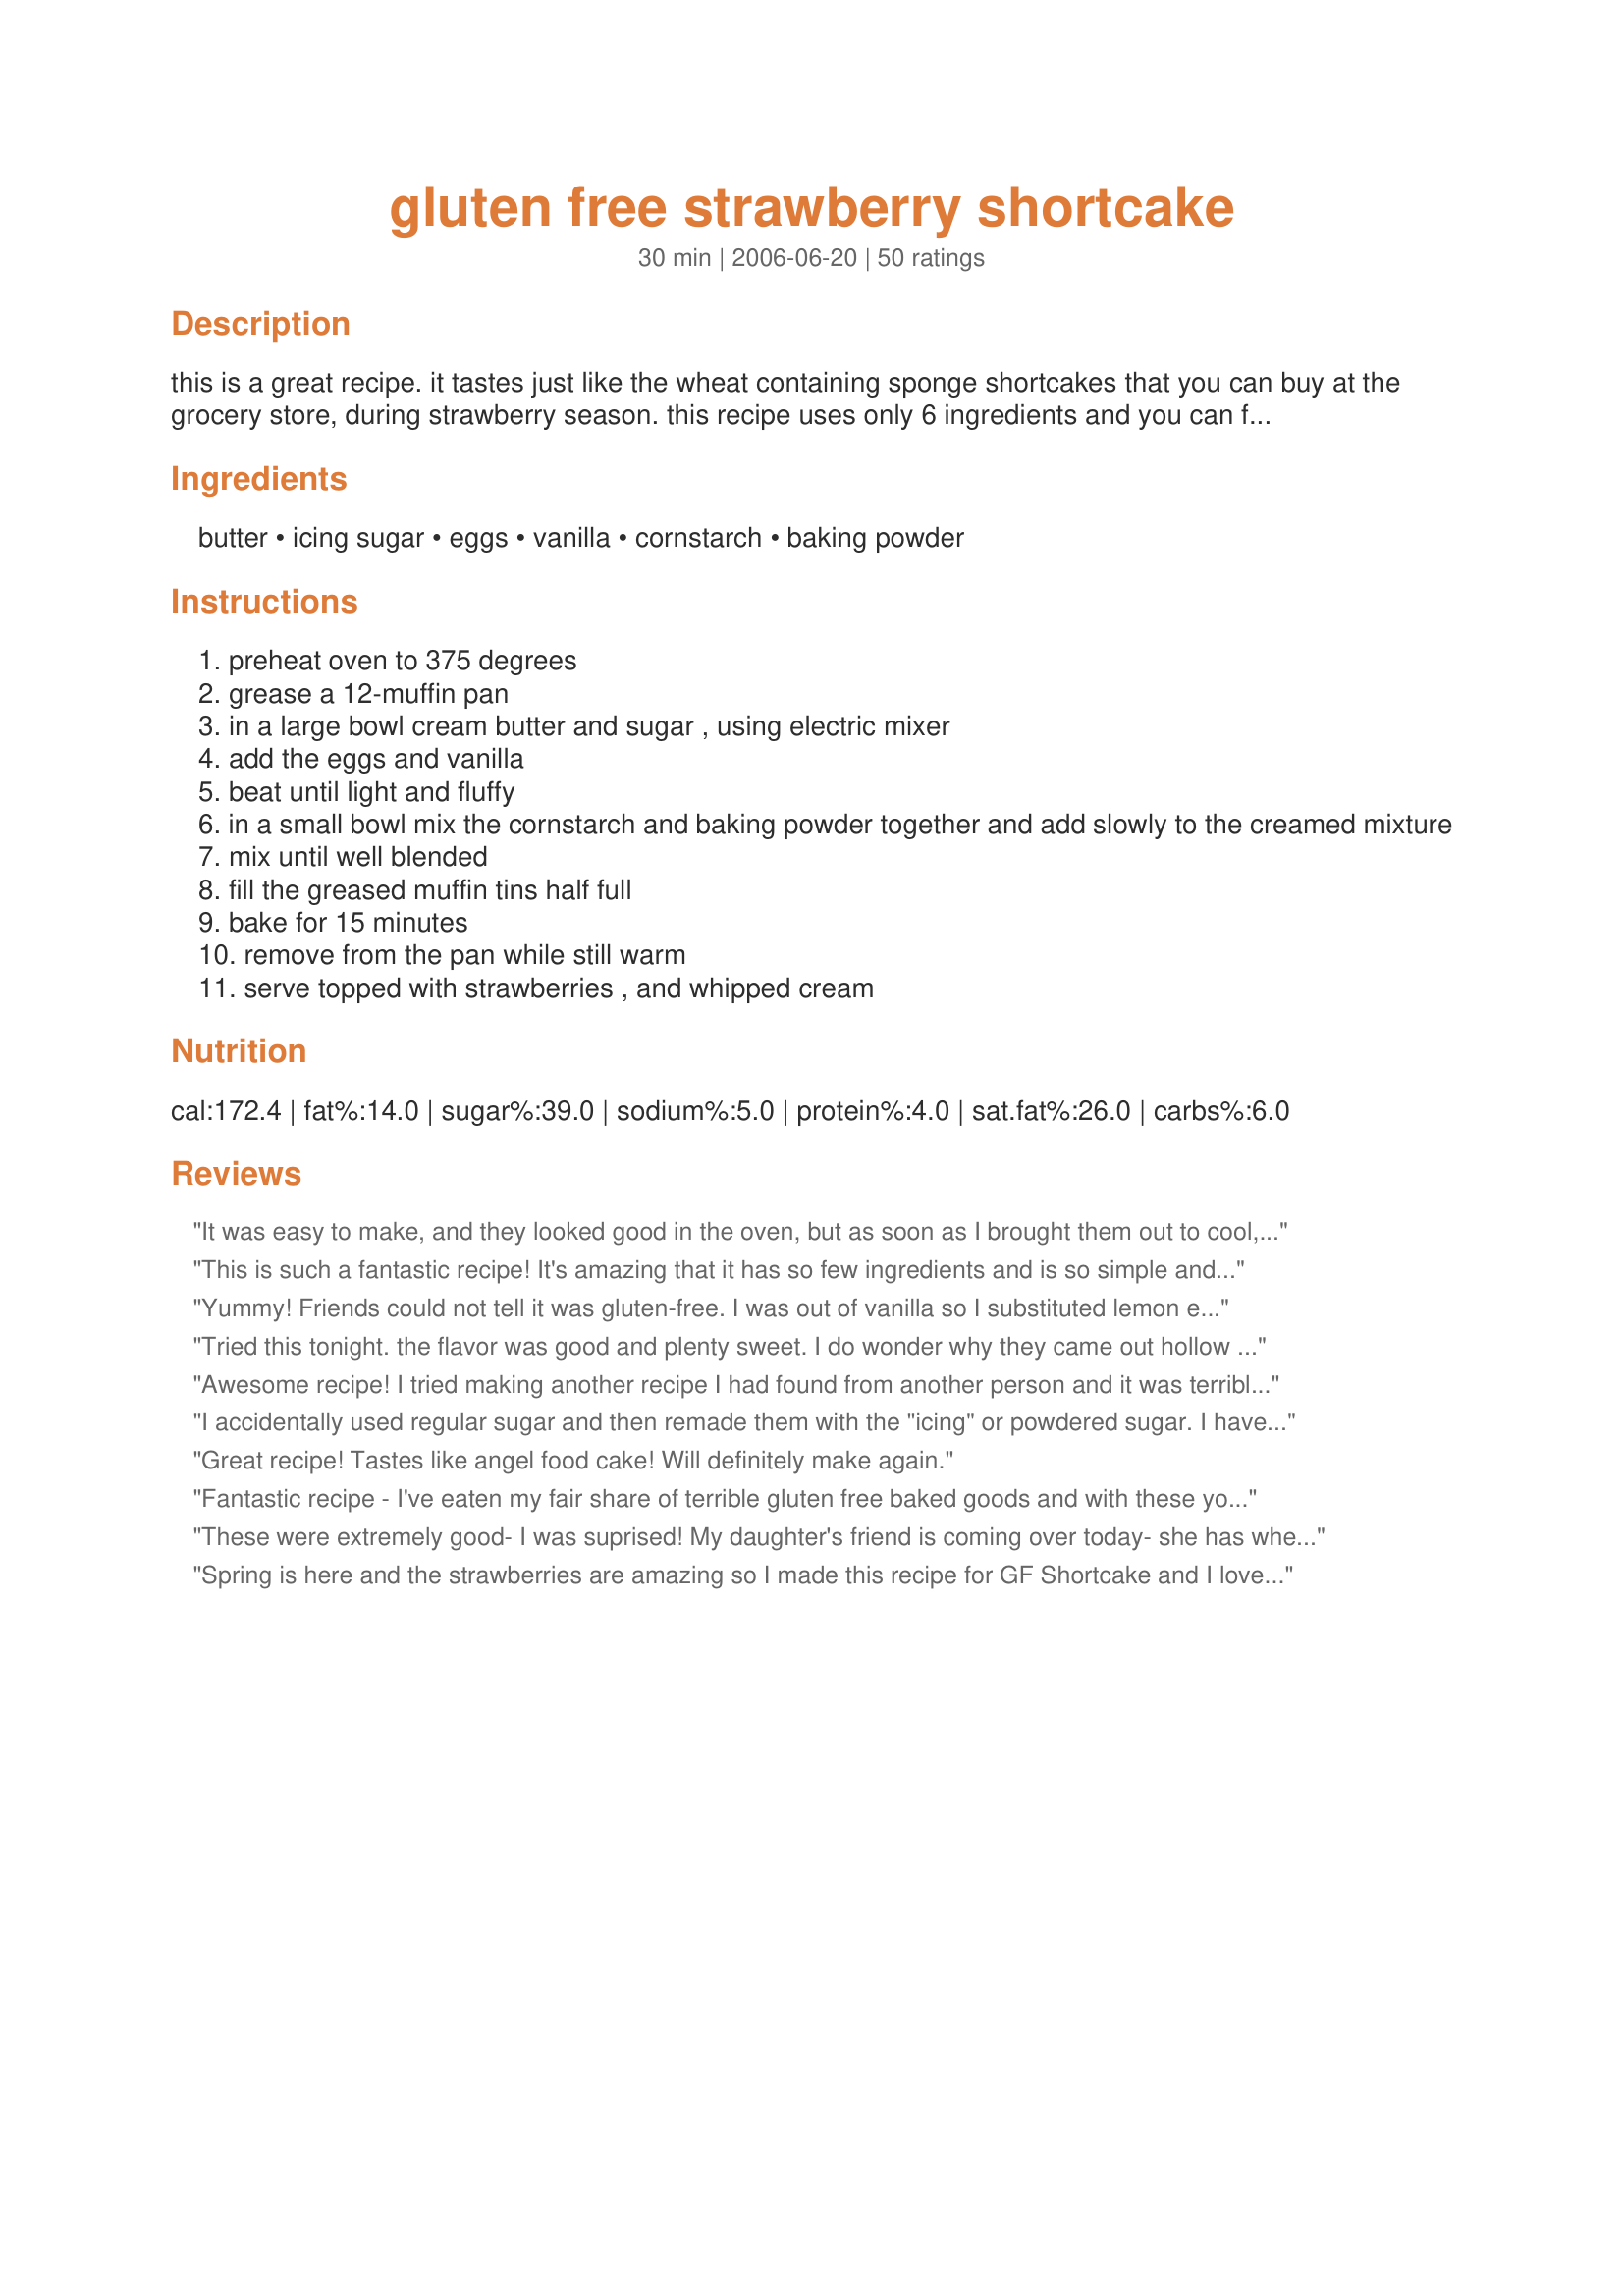
gluten free strawberry shortcake
Preparation time: 30 minutes

this is a great recipe. it tastes just like the wheat containing sponge shortcakes that you can buy at the grocery store, during strawberry season. this recipe uses only 6 ingredients and you can find them all right in your kitchen.it is a great recipe for people that are trying to find an easy dessert to make for a celiac family member or friend, coming over for dinner. it's quick, its easy, and its really really yummy!!! try it, you won't be dissapointed!!!!!

Ingredients:
butter, icing sugar, eggs, vanilla, cornstarch, baking powder

Steps:
preheat oven to 375 degrees
grease a 12-muffin pan
in a large bowl cream butter and sugar , using electric mixer
add the eggs and vanilla
beat until light and fluffy
in a small bowl mix the cornstarch and baking powder together and add slowly to the creamed mixture
mix until well blended
fill the greased muffin tins half full
bake for 15 minutes
remove from the pan while still warm
serve topped with strawberries , and whipped cream

Reviews:
It was easy to make, and they looked good in the oven, but as soon as I brought them out to cool, they flopped. I tried one, and it was so chewy. !!!!!! What went wrong ?
This is such a fantastic recipe! It's amazing that it has so few ingredients and is so simple and quick to prepare. When plain, the muffins taste a little more eggy than most cake, but if that bothers the cook, the egginess is drowned by anything you put on the muffins. They're a fabulous blank slate for all sorts of toppings.
Yummy! Friends could not tell it was gluten-free. I was out of vanilla so I substituted lemon extract which gave it a nice lemony taste.
Tried this tonight. the flavor was good and plenty sweet. I do wonder why they came out hollow on the bottom. we flipped them upside down and stuck strawberries inside of them. Followed the recipe so don't know what happened. they did not turn out like a muffin.
Awesome recipe! I tried making another recipe I had found from another person and it was terrible! Directions were not clear and I really messed it up...had to throw the whole batch out! Yours was so easy to follow, simple ingredients and it came out wonderfully!!! Delicious, soft and fluffy! I followed recipe precisely except I left out one egg yoke and it came out great!! Thank you so much for sharing this!!!
I accidentally used regular sugar and then remade them with the "icing" or powdered sugar. I have to say the regular sugar made the better cake. They were more light and spongy. Fabulous! The recipe with powdered sugar was more dense and dry.
Great recipe! Tastes like angel food cake! Will definitely make again.
Fantastic recipe - I've eaten my fair share of terrible gluten free baked goods and with these you can't tell they are gluten free at all. I would recommend using cupcake liners as these were very difficult to get out of the pan. Also, they might need more than the recommended 15 minutes depending on your oven. Otherwise, perfect and delicious! I filled with whipped cream and strawberries and whipped cream and lemon curd and they were phenomenal. Happy baking!
These were extremely good- I was suprised! My daughter's friend is coming over today- she has wheat alergies- so I immediately knew where to look for a recipe for her and now us! I had a bit of a scare when I added the eggs/vanilla. I think I should have added 1 at a time, beating between- but of course I dumped them in all at once. The mixture looked very frothy with some butter mixture floating around and not incorporating. Adding the cornstarch seemed to sort it all out ;) The texture was spongy but firm. It took a few extra minutes in the oven to complete. I put half the mixture into 6 tins and added 1Tbs of coco powder to the rest for a chocolate taste. Turned out good too! Thank you so much for helping me to make our friends with different dietary needs feel welcome in our home!
Spring is here and the strawberries are amazing so I made this recipe for GF Shortcake and I love it!! Fuss free and easy especially with my Kitchenaide stand mixer. I used white sugar and added the eggs one at a time and mixing well....I thought I over mixed it but the batter was light and fluffy. Perhaps they have too much baking powder in them? As they cooked the middles grew large and topped over the edge and there is an after taste of the baking powder, but you only notice it if you eat them plain.
This recipe was perfect as is! I made it twice in the past 2 days, once for my husband's birthday, and I was so pleased with it, as well as everyone else (kids and adults alike). My dad said it was the best he'd ever had - wheat shortcake included!
Everyone loved it!! So very simple and so tasty. Thanks for the yummy dessert!
fan-tastic thank you. my wife cannot eat gluten and she said this is the first gluten-free item that she has had that actually had good flavor to it.
Great Short cakes! Made 2 batches, one with regular sugar &amp; 2nd with confectioners sugar. Both taste great, regular sugar was more dense &amp; got a few votes from others as tasting better. Be sure to grease the pan well, they stick easily.
This gluten free cake is so delicious! I prefer it over the strawberry shortcake I made with gluten. This tastes like cake- perfectly spongy and sweet.
For Gluten Free it was excellent and had a marvelous texture. Taste wise, it was a bit eggy and not quite sweet enough for my tastes. That's possibly because I made it dairy free by using a dairy free, gluten free, trans fat free margarine. Excellent with Strawberries however. With a bit of experimenting I'm positive it could be perfect!
I thankfully do not have gluten issues but this recipe seemed like just what I wanted for making strawberry shortcake from scratch. Just took it out the oven and paired it with the locally grown strawberries and homemade whipped cream. Personally I think it is way better than the shortcakes in the stores.
What a wonderful recipe! Wifey gave it two big thumbs up, and she's the gluten intolerant of the house. I was out of icing sugar (powered sugar) so I used regular granulated sugar, and they turned out pretty great! They look just like muffins, and are almost as spongy as Angel food cake, we love em.<br/><br/>I served them with French Vanilla ice cream, in place of whipped cream.
My husband is a HUGE fan of strawberry shortcake and he loved this recipe! I baked them in six 4&quot; ramekins instead of a muffin tin. They were the perfect size. Just like a sponge cake, it soaks up all the yummy strawberry juice. I highly recommend this recipe, even if you aren&#039;t gluten-free!
I tried these for the first time and they came out great. The trick with getting them fluffy is to beat each egg before you add it (like you are scrambling eggs) and then after each egg, I gave it a little mix with my electric mixer. I put them in mini-loaf muffin tins (8 to a tray) and they needed just about 3 more minute cooking time. Thanks, great recipe!
This is an awesome recipe! I never rate things- but I had to rate this one. I am at my folks house (and don't have access to all my GF flours) and just picked fresh strawberries... we were going to have them on ice cream, but then I saw this... how simple and how delicious!
Well I just took them out of the oven (very excited since all the reviews were great) and the bloody things looked lovely, nice and high then they deflated and are now like hockey pucks (all wet and slimey on the inside even though I left them in the oven for a few extra min) I can't figure out what happened as I followed the recipe exactly. Any ideas would be welcome.
My Dad, who has Celiac, loved them. (My 4 year old daughter did too. She wanted to eat all Papa's muffins!) My Dad used them as shortcakes and as muffins. He heated them in the microwave with butter and jelly for a snack.
Well, I just had one of these out of the oven and they are miraculous. I made with granulated sugar and to me, they tasted kind of like corn muffins. I have not tried them with berries yet, but I am sure they are delicious.
These little shortcakes are amazing and so easy to prepare! I am so excited to learn such an easy way to share these tasty treats with my family!
These were great and very easy to make. My husband, who usually doesn't like anything gluten-free I make, loved them.
These were good and different. I thought they tasted eggy but my husband didn't notice. Thanks for a great quick desert!
This recipe was great. I was looking for something light and fresh to make for my mom's birthday because she is on a gluten-free diet. I wanted it to be something the whole family could enjoy and let me say that this is just wonderful. I will make it regularly. I made fresh whipped cream from organic cream, sweetened with just a bit of maple syrup and used fresh raspberries instead. I also had a bit of homemade granola that I sprinkled around to give it a bit of crunch. The variations on this could be endless. I'm so happy to have found this. Thanks for posting!
I gave this recipe as written 4 stars but after my modifications it&#039;s a 5. I used organic cane sugar instead of powdered and subbed 1/3 tapioca starch, 1/3 potato starch, 1/3 gluten free ap flour for the cornstarch since I can&#039;t have corn. I also added 1/4 t of salt, a drop of almond extract (my secret ingredient in white cakes) and beat the heck out of the batter until it was super fluffy. I found I needed to bake them for about 25 minutes (until the tops were evenly golden) and that prevented the &quot;flop&quot;. They were still very nice the next day. Very similar to angel food cake. I might even try adding coloured sprinkles and putting it in an angel cake pan some time.
I followed the recipe. Why did my &quot;cupcakes&quot; look like sinkholes!!!
Awwww, what did I do wrong?! They came out of the oven all fluffy and pretty then “fell” into sad craters. The texture is a little chewy. I’m going to try again right now to see if I missed a step or ingredient... Any suggestions?
Tis recipe was GREAT!!!! I am so excited to have it! I tried these last night, and they were absolutely WONDERFUL! The kids and I just ate them warm out of the oven with butter. We couldn't get enough! The flavor reminded me of the vanilla pound cake that I used to make in my pre-gluten-free days, and the texture was like a cross between a sponge cake and angel food. If you served these to anyone, they would NEVER know that they were gluten free! I did not find them to be too "eggy" like some of the others. I thought that they were just heavenly! Perfect, yummy recipe! I will be making these again and again! Thanks GFGirl!!!!
Very good the kids liked it, but for some reason I thought it tasted very eggy. Fast, easy & great gluten free recipe.
Not like the traditional shortcake, but for gluten free, I give it 5 stars. Easy to make. I've never used that much cornstarch in one recipe, but I followed your recipe completely using free range eggs (from my 3 girls). The shortcakes were very yellow. Thanks for a great recipe.
Great recipe! My 10 year old just went gluten free and I was looking for something special to bring to church for snacks that she could eat. I found that the recipe made almost double the amount stated when I put one heaping spoonful into standard baking cups. I recommend refrigerating the batter between batches as it tends to melt and separate due to all of the butter. Everyone at church enjoyed these and couldn't believe they were gluten free!
Just finished enjoying these tasty lil cakes.... Excellent taste, crumb, could not tell they were gluten free! From some of the other reviews that didn't turn out, in my opinion is the results will always vary depending on where you live. ( Sea level - high altitude) I myself live at 3500 ft above sea level therefore took extra time to whip during the first part and cooked at the same temperature, but for 17 minutes (2-3 minutes longer) Will be making these a staple of my summer baking, Thanks!!!
This tastes just like sponge cake, it tastes good and its easy!
I made on Father&#039;s Day and it worked really well, even tho I subbed the day lights out of it. I was very lien on corn starch so I mixed with at least 50% potato starch, and I used granulated sugar just because I didn&#039;t feel like dealing with confectioners sugar, and it still was delicious. Made 12 perfect little muffins. It had a beautiful crumb with lots of air pockets. Like all things GF, the texture changes quickly, so if I really want to wow a crowd I will try timing it so that these are just-cooled-maybe-still-a-touch-warm before serving. These would be great with some lemon zest and some plain glaze on top.
These are really amazing. I love the fact that they don't taste "gluten-free" at all. I made mine in a shortcake basket pan, and filled them with lemon curd, whipped cream, and a strawberry/raspberry coulis. Thanks for posting!
First time making this recipe and it turned out perfect! I did use regular sugar like another commenter noted. My little cakes were spongy and delightful. I did take the time to beat in each egg individually and I think it made a difference in the fluffy department. I don't have an electric mixer, it's all with a whisk by hand.
Theses were so good and easy. Store bought ones are filled with lots of bad things, read the label. I cooled them then sliced them in half before topping with strawberries. My husband couldn't stop eating them!
This is yummy, but can be made healthier without sacrificing taste. I used half butter and half canola oil, and used 4 egg whites / 3 yolks (instead of 4 whole eggs) to decrease the saturated fat almost by half, and it still tasted great. Incidentally, if you run out of corn starch (as I did after 1/2 cup), you can use potato starch for the balance and it still turns out fine. Next time I might try all oil and no butter; will post how it goes.
This recipe was very good. My whole family liked them. I would make them again. Even though they were good for shortcakes...they tasted more like a cream puff to me. (just one more option for this recipe :)
This is just as advertised! Soft, spongy, sweet. I will make it again.
Phenomenal! These mini sponge cakes turned out perfectly. I was very skeptical of all the corn starch, but they taste like regular angel food cake, just slightly denser. They're a little sweet for my taste so I'll probably experiment with reducing the sugar next time. It's SO great to fool everyone into eating my gluten free goodies! ;)
Awesome recipe, they are so fresh and spongy, they have a very eggy flavour but when i made them into butterfly cakes with washed mock cream and raspberry jam i couldn't taste them. The non gluten eaters did not know they were GF.
Thanks for posting a fabulous easy recipe.
Who knew a few simple ingredients could have made something so delicious? Ive ,made this with regular sugar, powdered sugar and a blend of half powdered half regular. I prefer the taste of the half and half. They come out moist and the outside a bit crunchier/chewier.<br/><br/> My only issue making these seems to be getting them out of the muffin tin. I spray it with pam but have trouble getting them out. I serve them with strawberries, blueberries, and whipped cream. I even ice the top and eat them as cupcakes because they puff up very well and make for a quick, super easy gluten free dessert. I will never question corn starch as a baking ingredient ever again...
Yum! Easy to whip together, and great tasting! I think even gluten eaters would enjoy this! Thanks for the recipe! :)
I made these last week..awesome recipe. One thing I did was to add 1 cup of gluten free flour and then I used a pastry cutter to cut a biscuit shape. they came out great!
What a great start to my GF recipe collection -- I am new at this GF stuff. Made these for company, but decided to indulge on them myself, even though I don't have to. Good enough for gluten eaters to enjoy. I may become GF by choice! Thanks.
